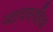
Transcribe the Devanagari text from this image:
व्यावसाहिक